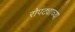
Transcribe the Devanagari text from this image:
रोपट्याच्या